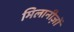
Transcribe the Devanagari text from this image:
मिलानीज़ों